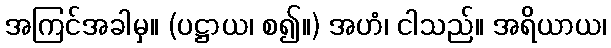
အကြင်အခါမှ။ (ပဋ္ဌာယ၊ စ၍။) အဟံ၊ ငါသည်။ အရိယာယ၊